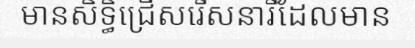
មានសិទ្ធិជ្រើសរើសនារីដែលមាន